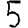
Digit: 5